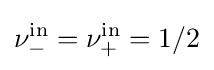
\nu _{-}^{\mathrm {in} }=\nu _{+}^{\mathrm {in} }=1/2